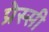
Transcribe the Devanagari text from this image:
प्रेस्सी